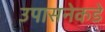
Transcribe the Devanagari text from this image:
उपासनेकडे